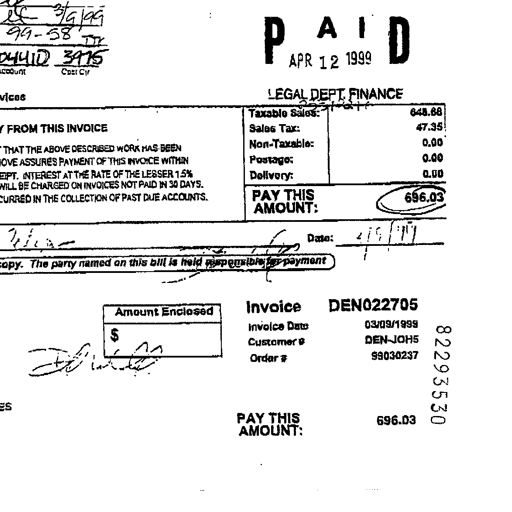
3/9/99
PAID
99-58
APR 12 1999
3975
LEGAL DEPT. FINANCE
Taxable Sales: 253124 648.68
Sales Tax: 47.35
Non-Taxable: 0.00
Postage: 0.00
Delivery: 0.00
PAY THIS AMOUNT: 696.03
Date: 2/9/99
The party named on this bill is held responsible for payment
Amount Enclosed
Invoice DEN022705
Invoice Date 03/09/1999
Customer # DEN-JOH5
Order # 99030237
PAY THIS AMOUNT: 696.03
82293530